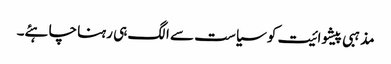
مذہبی پیشوائیت کو سیاست سے الگ ہی رہنا چاہئے۔